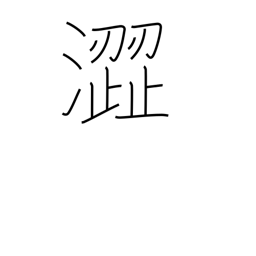
Meaning: harsh